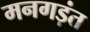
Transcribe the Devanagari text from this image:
मनगड़ंत